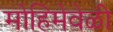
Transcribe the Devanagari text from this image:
मोहिमेवेळी